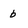
Character: b